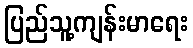
ပြည်သူ့ကျန်းမာရေး